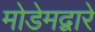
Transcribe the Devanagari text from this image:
मोडेमद्वारे